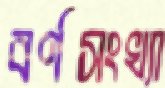
বর্ণসংখ্যা